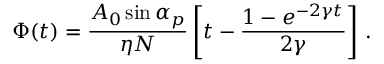
\Phi ( t ) = \frac { A _ { 0 } \sin \alpha _ { p } } { \eta N } \left[ t - \frac { 1 - e ^ { - 2 \gamma t } } { 2 \gamma } \right] \, .